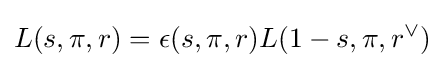
L(s,\pi ,r)=\epsilon (s,\pi ,r)L(1-s,\pi ,r^{\lor })